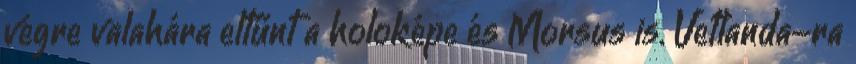
végre valahára eltűnt a holoképe és Morsus is. Vetlanda-ra